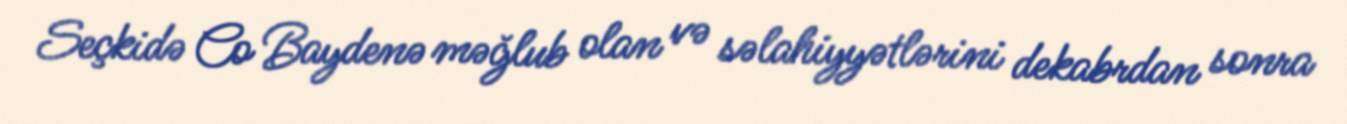
Seçkidə Co Baydenə məğlub olan və səlahiyyətlərini dekabrdan sonra